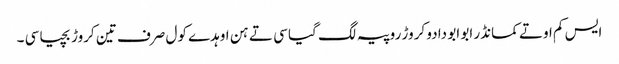
ایس کم اوتے کمانڈر ابو ابو دا دو کروڑ روپیہ لگ گیا سی تے ہن اوہدے کول صرف تین کروڑ بچیا سی ۔